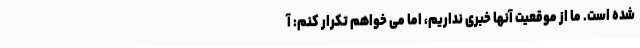
شده است. ما از موقعیت آنها خبری نداریم، اما می خواهم تکرار کنم: آ